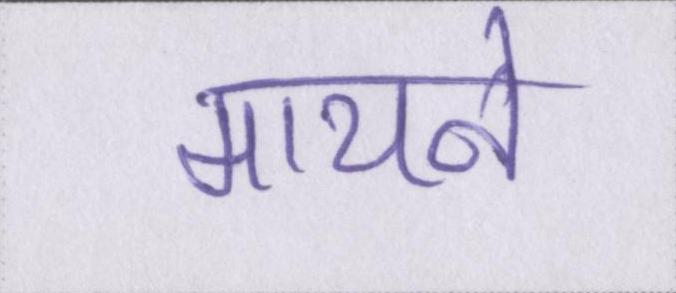
मायने